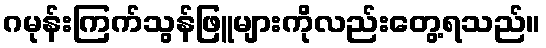
ဂမုန်းကြက်သွန်ဖြူများကိုလည်းတွေ့ရသည်။